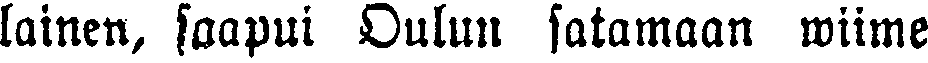
lainen, saapui Oulun satamaan wiime